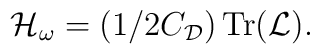
{\cal H}_{\omega}=(1/2C_{\cal D})\thinspace{\rm Tr}({\cal L}).